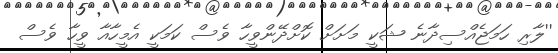
''ލާރި ހަމަޖެއްސިދާނެ ޝަކީ މަށަށް ކޮށްދޭންވީހާ ވެސް ކަމަކީ އެމީހާއާ ވީހާ ވެސް